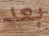
بعد